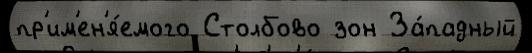
пр'им'ен'я́емого Столбово зон За́падный